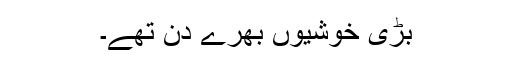
بڑی خوشیوں بھرے دن تھے۔